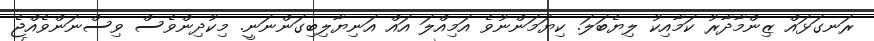
ރަނގަޅައް ޒިންމާދާރު ކަމާއިކު ލިޔެބަލަ. ކިޔަމަންނުވެ އަމިއްލަ އައް އަނިޔާލިބިގަންނަނީ. މިކުދިންވެސް ވިސްނަންވެއްޖެ